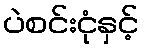
ပဲစင်းငုံနှင့်